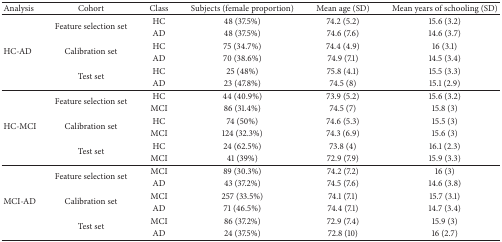
<table><thead><tr><td><b>Analysis</b></td><td><b>Cohort</b></td><td><b>Class</b></td><td><b>Subjects (female proportion)</b></td><td><b>Mean age (SD)</b></td><td><b>Mean years of schooling (SD)</b></td></tr></thead><tbody><tr><td rowspan="6">HC-AD</td><td rowspan="2">Feature selection set</td><td>HC</td><td>48 (37.5%)</td><td>74.2 (5.2)</td><td>15.6 (3.2)</td></tr><tr><td>AD</td><td>48 (37.5%)</td><td>74.6 (7.6)</td><td>14.6 (3.7)</td></tr><tr><td rowspan="2">Calibration set</td><td>HC</td><td>75 (34.7%)</td><td>74.4 (4.9)</td><td>16 (3.1)</td></tr><tr><td>AD</td><td>70 (38.6%)</td><td>74.9 (7.1)</td><td>14.5 (3.4)</td></tr><tr><td rowspan="2">Test set</td><td>HC</td><td>25 (48%)</td><td>75.8 (4.1)</td><td>15.5 (3.3)</td></tr><tr><td>AD</td><td>23 (47.8%)</td><td>74.5 (8)</td><td>15.1 (2.9)</td></tr><tr><td rowspan="6">HC-MCI</td><td rowspan="2">Feature selection set</td><td>HC</td><td>44 (40.9%)</td><td>73.9 (5.2)</td><td>15.6 (3.2)</td></tr><tr><td>MCI</td><td>86 (31.4%)</td><td>74.5 (7)</td><td>15.8 (3)</td></tr><tr><td rowspan="2">Calibration set</td><td>HC</td><td>74 (50%)</td><td>74.6 (5.3)</td><td>15.5 (3)</td></tr><tr><td>MCI</td><td>124 (32.3%)</td><td>74.3 (6.9)</td><td>15.6 (3)</td></tr><tr><td rowspan="2">Test set</td><td>HC</td><td>24 (62.5%)</td><td>73.8 (4)</td><td>16.1 (2.3)</td></tr><tr><td>MCI</td><td>41 (39%)</td><td>72.9 (7.9)</td><td>15.9 (3.3)</td></tr><tr><td rowspan="6">MCI-AD</td><td rowspan="2">Feature selection set</td><td>MCI</td><td>89 (30.3%)</td><td>74.2 (7.2)</td><td>16 (3)</td></tr><tr><td>AD</td><td>43 (37.2%)</td><td>74.5 (7.6)</td><td>14.6 (3.8)</td></tr><tr><td rowspan="2">Calibration set</td><td>MCI</td><td>257 (33.5%)</td><td>74.1 (7.1)</td><td>15.7 (3.1)</td></tr><tr><td>AD</td><td>71 (46.5%)</td><td>74.4 (7.1)</td><td>14.7 (3.4)</td></tr><tr><td rowspan="2">Test set</td><td>MCI</td><td>86 (37.2%)</td><td>72.9 (7.4)</td><td>15.9 (3)</td></tr><tr><td>AD</td><td>24 (37.5%)</td><td>72.8 (10)</td><td>16 (2.7)</td></tr></tbody></table>